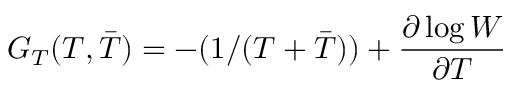
G _ { T } ( T , { \bar { T } } ) = - ( 1 / ( T + { \bar { T } } ) ) + \frac { \partial \log \cal W } { \partial T }